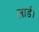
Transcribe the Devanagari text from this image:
लार्ड।